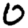
Digit: 0